Annual administration report of the Civil Veterinary Department of India - 1904-1905
Year: 1904
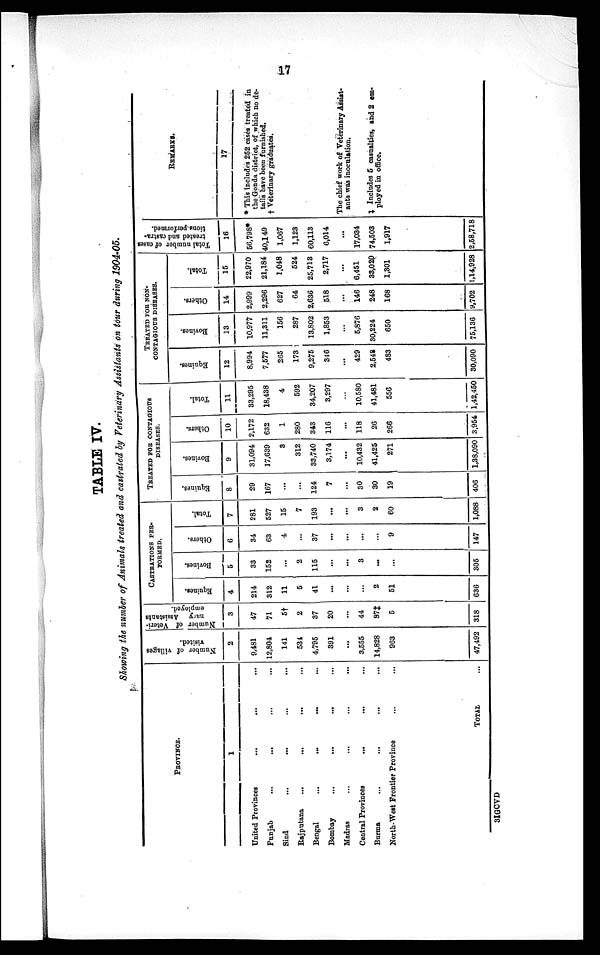
17
TABLE IV.
Showing the number of Animals treated and castrated by Veterinary Assistants on tour during 1904-05.
PROVINCE.
1
United Provinces
...
...
...
Punjab ... ... ... ...
Sind ... ... ... ...
Rajputana
...
...
...
...
Bengal
...
...
...
...
Bombay
...
...
...
Madras ... ... ... ...
Central Provinces
... ... ...
Burma
...
...
...
...
North-West Frontier Province ... ...
TOTAL
Number of villages
visited.
2
9,481
12,804
141
534
4,795
391
...
3,555
14,828
963
47,492
Number of Veteri-
nary Assistants
employed.
3
47
71
5†
2
37
20
...
44
87‡
5
318
CASTRATIONS PER-
FORMED.
Equines.
4
214
312
11
5
41
...
...
...
2
51
636
Bovines.
5
33
152
...
2
115
...
...
3
...
305
Others.
6
34
63
4
...
37
...
...
...
...
9
147
Total.
7
281
527
15
7
193
...
...
3
2
60
1,088
TREATED FOR CONTAGIOUS DISEASES.
Equines.
8
29
167
...
...
124
7
...
30
30
19
406
Bovines.
9
31,094
17,639
3
312
33,740
3,174
...
10,432
41,425
271
1,38,090
Others.
10
2,172
632
1
280
343
116
...
118
26
266
3,954
Total.
11
33,295
18,438
4
592
34,207
3,297
...
10,580
41,481
556
1,42,450
TREATED FOR NON¬CONTAGIOUS DISEASES.
Equines.
12
8,994
7,577
265
173
9,275
346
...
429
2,548
483
30,090
Bovines.
13
10,977
11,311
156
287
13,802
1,853
...
5,876
30,224
650
75,136
Others.
14
2,999
2,296
627
64
2,636
518
...
146
248
168
9,702
Total.
15
22,970
21,184
1,048
524
25,713
2,717
...
6,451
33,020
1,301
1,14,928
Total number of cases
treated and castra-
tions performed.
16
56,798*
40,149
1,067
1,123
60,113
6,014
17,034
74,503
1,917
2,58,718
REMARKS.
17
* This includes 252 cases treated in
the Gonda district, of which no de-
tails have been furnished.
† Veterinary graduates.
The chief work of Veterinary Assist-
ants was inoculation.
‡ Includes 5 casualties, and 2 em-
ployed in office.
3IGCVD